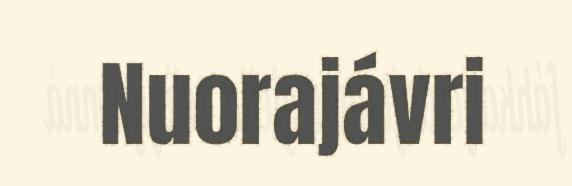
Nuorajávri